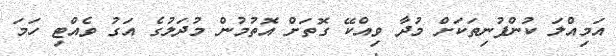
އަމިއްލަ ކުންފުނިތަކަށް މުދާ ވިއްކޭ ގޮތަށް އޮތުމުން މުދަލުގެ އަގު ވެއްޓި ހަމަ